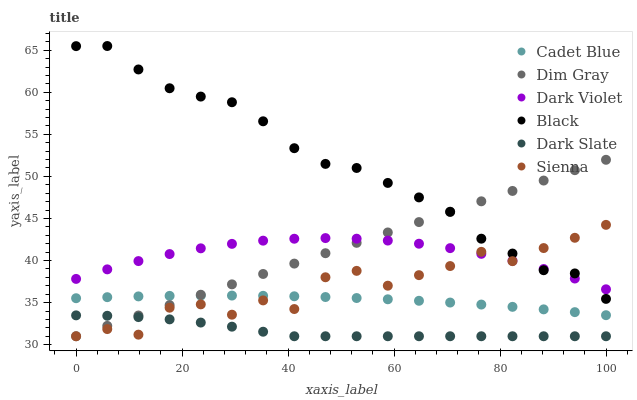
| xaxis_label | Cadet Blue | Dim Gray | Dark Violet | Black | Dark Slate | Sienna |
 | --- | --- | --- | --- | --- | --- | --- |
 | 0 | 35.5 | 31 | 37.8 | 65.5 | 33.5 | 31 |
 | 5.88 | 35.6 | 32.2 | 39 | 65.5 | 33.4 | 31.9 |
 | 11.8 | 35.7 | 33.5 | 39.9 | 62.7 | 33.3 | 31.2 |
 | 17.6 | 35.8 | 34.7 | 40.8 | 60.5 | 33 | 34.4 |
 | 23.5 | 35.8 | 35.9 | 41.5 | 59.5 | 32.6 | 34.8 |
 | 29.4 | 35.8 | 37.2 | 42 | 58.8 | 32.1 | 33.6 |
 | 35.3 | 35.8 | 38.4 | 42.4 | 56.6 | 31.5 | 35.3 |
 | 41.2 | 35.8 | 39.6 | 42.6 | 53.4 | 31 | 34.2 |
 | 47.1 | 35.7 | 40.9 | 42.7 | 51.5 | 31 | 38 |
 | 52.9 | 35.5 | 42.1 | 42.6 | 51 | 31 | 38.8 |
 | 58.8 | 35.4 | 43.3 | 42.4 | 49.2 | 31 | 37 |
 | 64.7 | 35.2 | 44.6 | 42 | 47.5 | 31 | 38.3 |
 | 70.6 | 35 | 45.8 | 41.5 | 45.8 | 31 | 39.3 |
 | 76.5 | 34.8 | 47 | 40.8 | 42.6 | 31 | 41 |
 | 82.4 | 34.5 | 48.3 | 40 | 40.8 | 31 | 39.9 |
 | 88.2 | 34.2 | 49.5 | 39 | 38.8 | 31 | 41.5 |
 | 94.1 | 33.9 | 50.7 | 37.9 | 38.5 | 31 | 42.7 |
 | 100 | 33.5 | 52 | 36.6 | 35.4 | 31 | 44.2 |